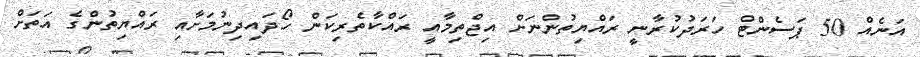
އަނެއް 50 ޕަސެންޓް ހަރަދުކުރާނީ ރައްޔިތުންނަށް އިޖްތިމާއީ ރައްކާތެރިކަން ހޯދައިދިނުމަށާއި ރައްޔިތުންގެ އަތަށް